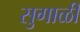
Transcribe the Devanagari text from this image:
सुगाळी